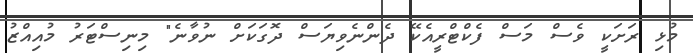
މުޅި ރަށަކީ ވެސް މަސް ފެކްޓްރީއެކޭ ދެންނެވިޔަސް ދޮގަކަށް ނުވާނެ" މިނިސްޓަރު މުއިއްޒު